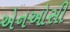
એનઓસી